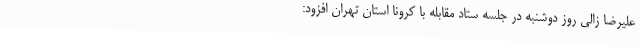
علیرضا زالی روز دوشنبه در جلسه ستاد مقابله با کرونا استان تهران افزود: